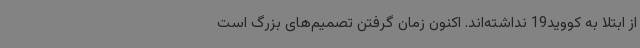
از ابتلا به کووید19 نداشته‌اند. اکنون زمان گرفتن تصمیم‌های بزرگ است